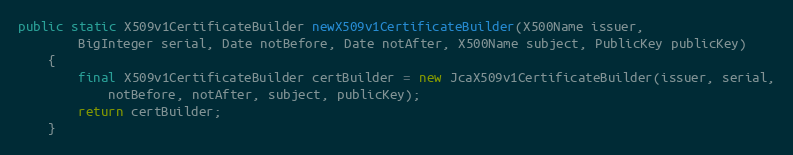
Language: Java
public static X509v1CertificateBuilder newX509v1CertificateBuilder(X500Name issuer,
		BigInteger serial, Date notBefore, Date notAfter, X500Name subject, PublicKey publicKey)
	{
		final X509v1CertificateBuilder certBuilder = new JcaX509v1CertificateBuilder(issuer, serial,
			notBefore, notAfter, subject, publicKey);
		return certBuilder;
	}